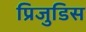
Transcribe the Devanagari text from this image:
प्रिजुडिस